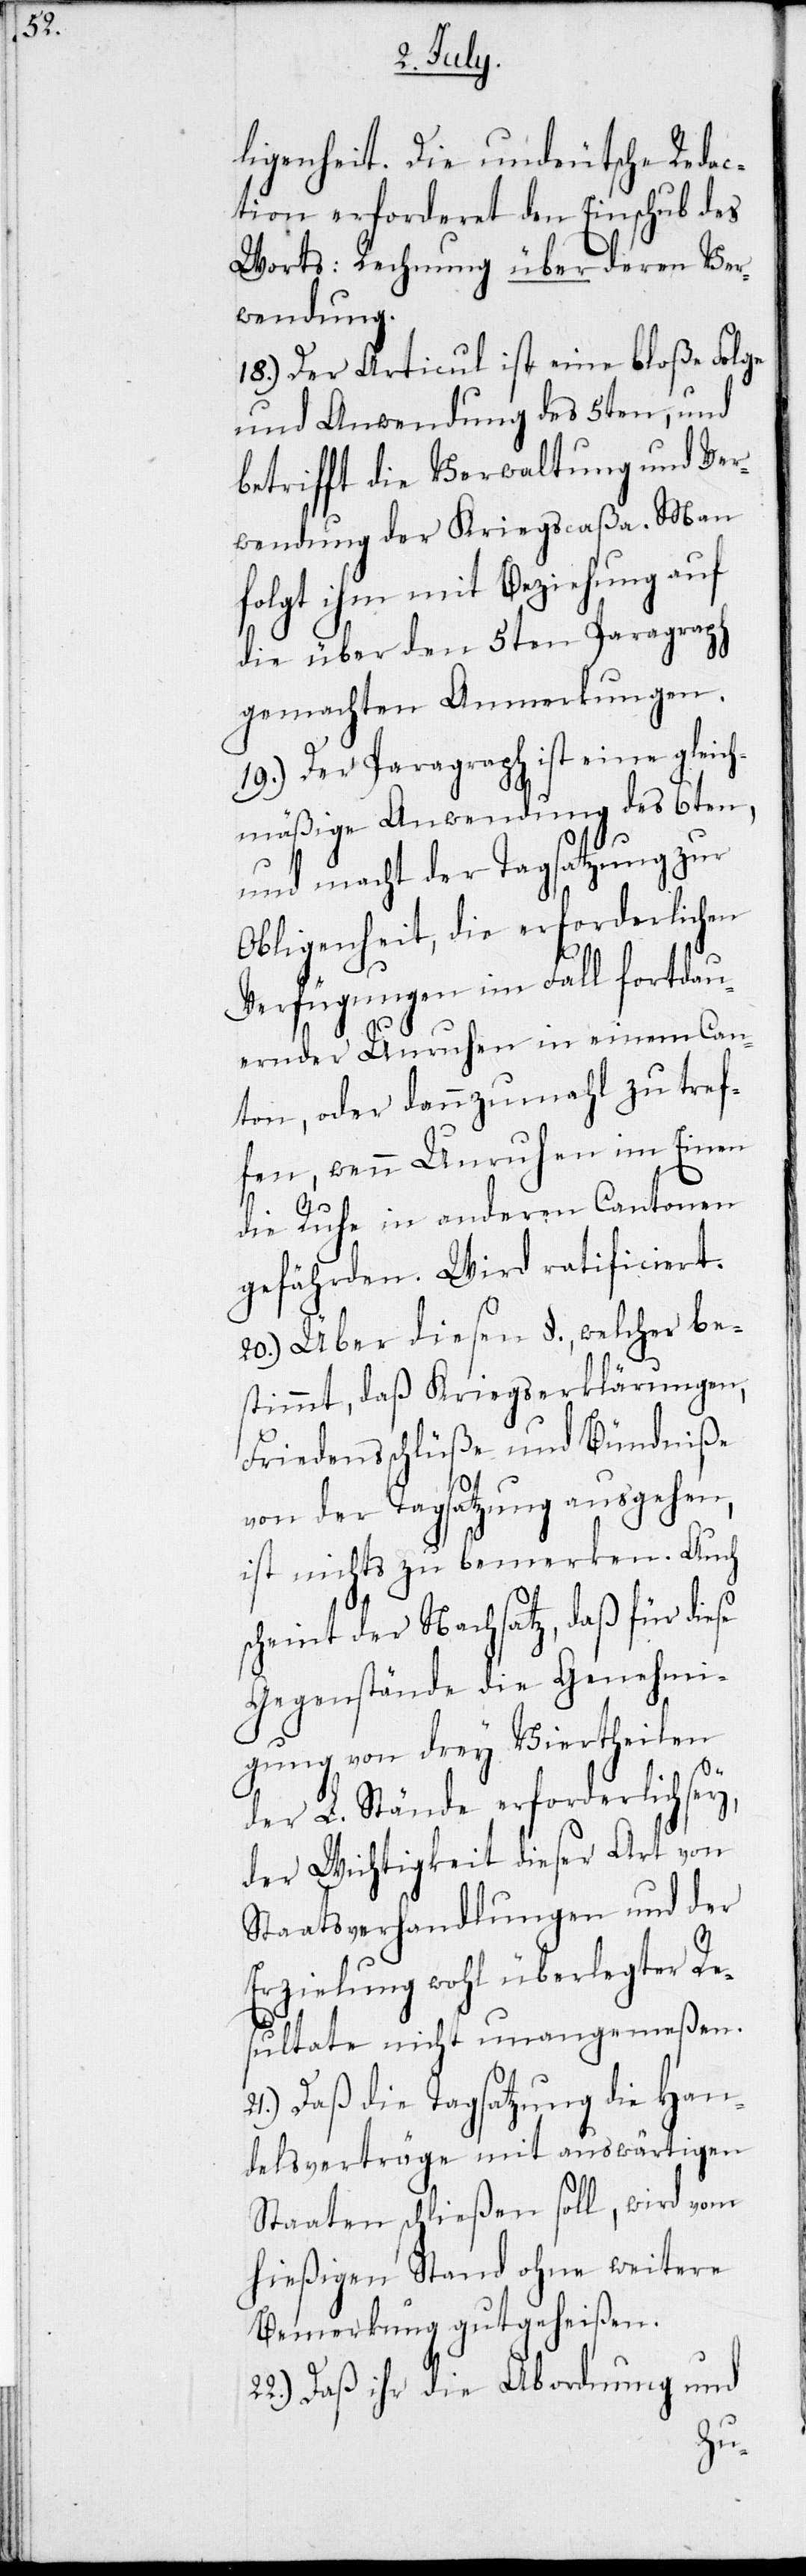
ligenheit. Die undeutsche Redac¬
tion erforderet den Einschub des
Wortes: Rechnung über deren Ver¬
wendung.
18.) Der Articul ist eine bloße Folge
und Anwendung des 5ten, und
betrifft die Verwaltung und Ver¬
wendung der Kriegskaßa. Man
folgt ihm mit Beziehung auf
die über den 5ten Paragraph
gemachten Anmerkungen.
19.) Der Paragraph ist eine gleich¬
mäßige Anwendung des 6ten,
und macht der Tagsatzung zur
Obligenheit, die erforderlichen
Verfügungen im Fall fortdau¬
ernder Unruhen in einem Can¬
ton, oder dannzumahl zu tref¬
fen, wenn Unruhen im Einen
die Ruhe in anderen Cantonen
gefährden. Wird ratificiert.
20.) Über diesen §., welcher be¬
stimmt, daß Kriegserklärungen,
Friedensschlüße und Bündniße
von der Tagsatzung ausgehen,
ist nichts zu bemerken. Auch
scheint der Nachsatz, daß für diese
Gegenstände die Genehmi¬
gung von drey Viertheilen
der L. Stände erforderlich sey,
der Wichtigkeit dieser Art von
Staatsverhandlungen und der
Erzielung wohl überlegter Re¬
sultate nicht unangemeßen.
21.) Daß die Tagsatzung die Han¬
delsverträge mit auswärtigen
Staaten schließen soll, wird vom
hießigen Stand ohne weitere
Bemerkung gutgeheißen.
Daß ihr die Abordnung und